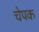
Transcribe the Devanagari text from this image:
चेपक